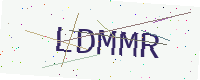
Text: LDMMR